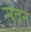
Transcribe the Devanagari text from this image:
सेवेन्